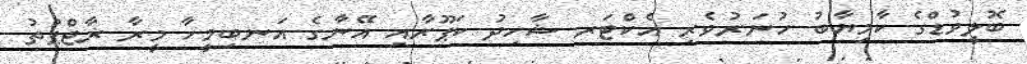
ބޮލީވުޑްގެ ކާމިޔާބު ހުނަރުވެރި އެކްޓަރ ޝާހިދު ކަޕޫރާއި އޭނާގެ އަނބިމީހާ މީރާ ޜާޖްޕުތު